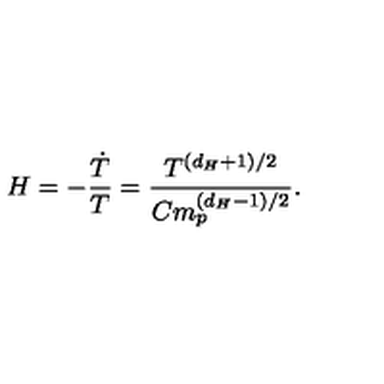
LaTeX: H = - \frac { \dot { T } } { T } = \frac { T ^ { ( d _ { H } + 1 ) / 2 } } { C m _ { p } ^ { ( d _ { H } - 1 ) / 2 } } .